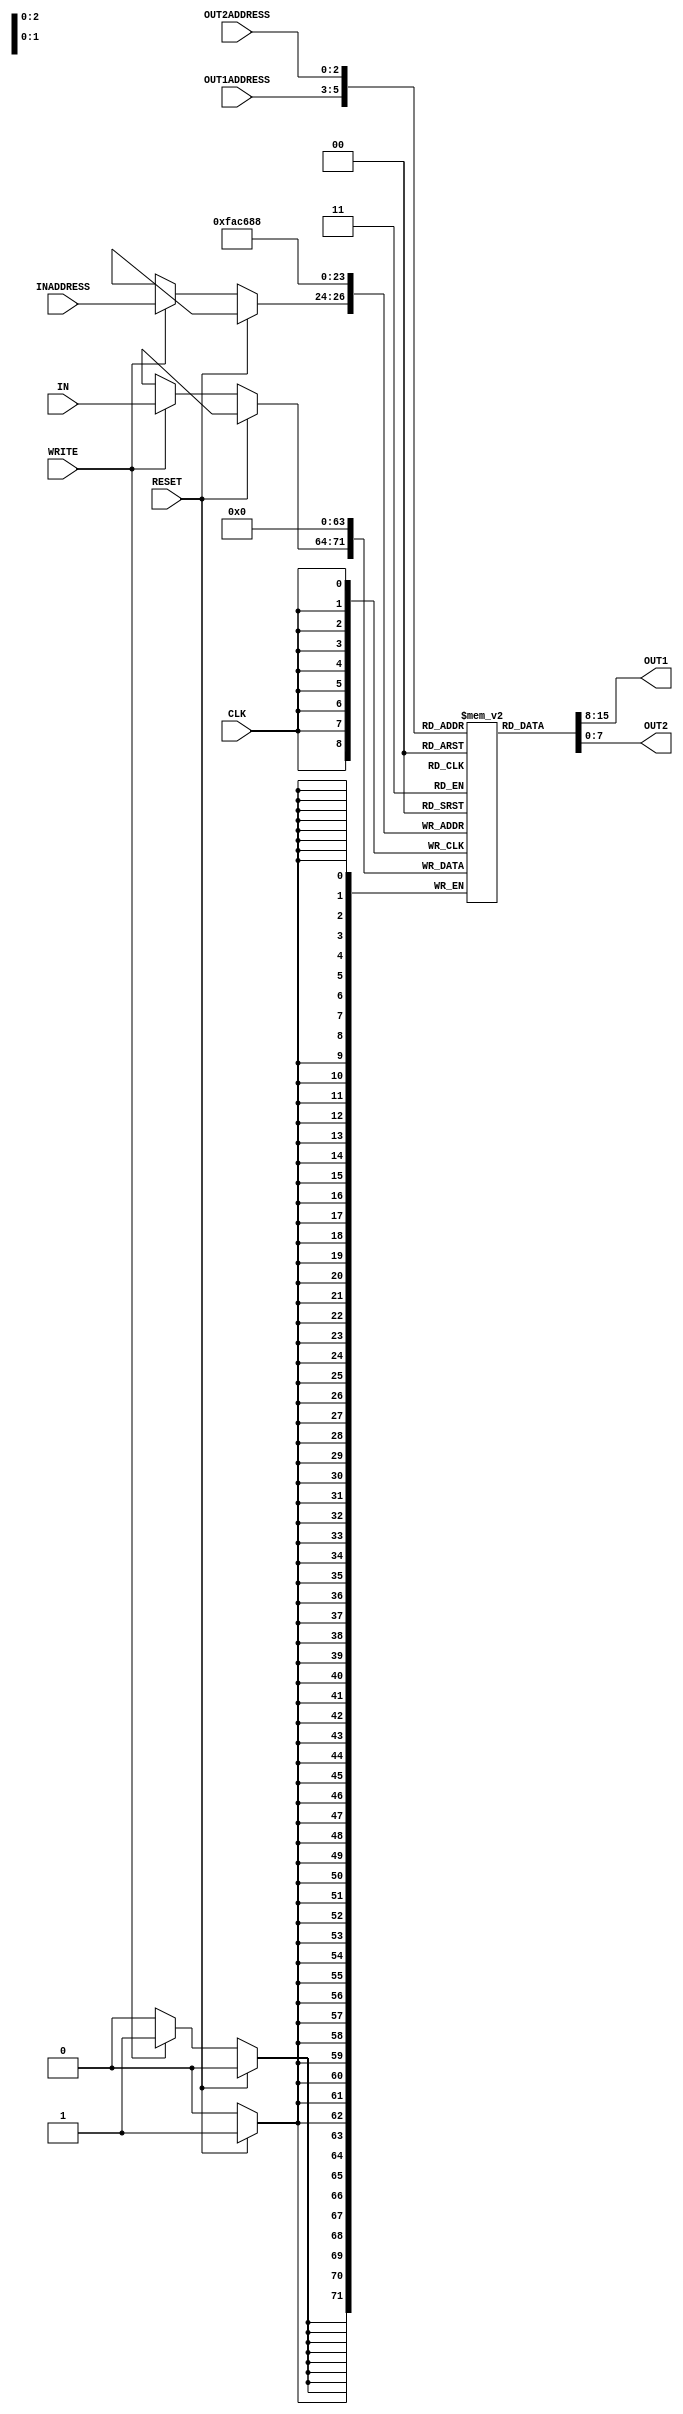
`define REG_ADDRESS_SIZE 3 // Size of a register address
`define REG_SIZE 8 // size of a register

module reg_file(IN,OUT1,OUT2,INADDRESS,OUT1ADDRESS,OUT2ADDRESS, WRITE, CLK, RESET);
    input [`REG_SIZE-1:0] IN;
    input [`REG_ADDRESS_SIZE-1:0] OUT1ADDRESS, OUT2ADDRESS, INADDRESS;
    output [`REG_SIZE-1:0] OUT1, OUT2;
    input WRITE, CLK, RESET;

    // Internal register array
    reg [`REG_SIZE-1:0] registers[`REG_SIZE-1:0];

    // Assign outputs to internal latches
    assign #2 OUT1 = registers[OUT1ADDRESS];         
    assign #2 OUT2 = registers[OUT2ADDRESS];
    
    always @(posedge CLK)
    begin

        if (RESET) // If reset is high
        begin
            // Reset all registers to 0 with time delay of #1
            registers[0] <= #1 8'b0;
            registers[1] <= #1 8'b0;
            registers[2] <= #1 8'b0;
            registers[3] <= #1 8'b0;
            registers[4] <= #1 8'b0;
            registers[5] <= #1 8'b0;
            registers[6] <= #1 8'b0;
            registers[7] <= #1 8'b0;
        end
        
        else if (WRITE) // If write is high
        begin
            registers[INADDRESS] <= #1 IN; // #1 propergation delay
        end

    end

endmodule